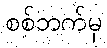
စစ်ဘက်မှ